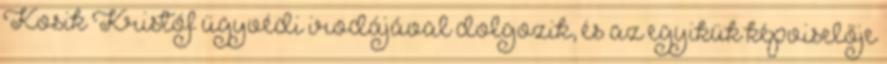
Kosik Kristóf ügyvédi irodájával dolgozik, és az egyikük képviselője